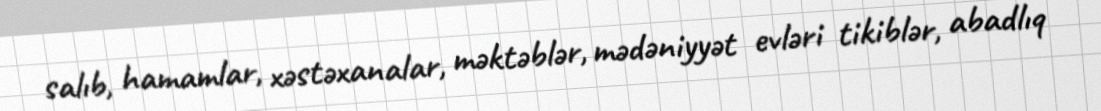
salıb, hamamlar, xəstəxanalar, məktəblər, mədəniyyət evləri tikiblər, abadlıq